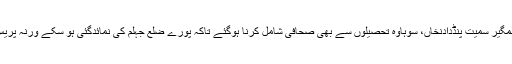
انہوں نے کہا جہلم پریس کلب جہلم کو مرکزی حثیت حاصل ہیں اس لئے سرائے عالمگیر سمیت پنڈدادنخاں، سوہاوہ تحصیلوں سے بھی صحافی شامل کرنا ہوگئے تاکہ پورے ضلع جہلم کی نمائدگئی ہو سکے ورنہ پریس کلب جہلم شہر یا جہلم تحصیل کے صحافیوں میں ہی مرکزی اہمیت کا حامل ہوگا۔